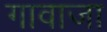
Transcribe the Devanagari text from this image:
गावाजा